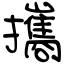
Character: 攜